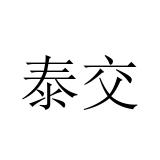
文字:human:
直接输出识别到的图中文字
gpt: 泰交